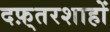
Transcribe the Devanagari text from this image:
दफ़्तरशाहों